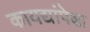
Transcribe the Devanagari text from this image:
कायद्यांपेक्षा